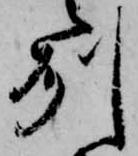
州